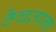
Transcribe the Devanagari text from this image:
ठेचताना